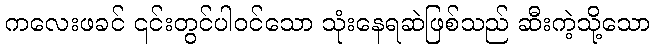
ကလေးဖခင် ၎င်းတွင်ပါဝင်သော သုံးနေရဆဲဖြစ်သည် ဆီးကဲ့သို့သော